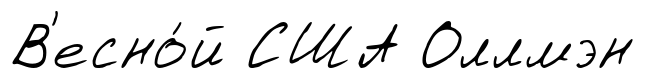
В'есно́й США Оллмэн